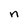
Character: n